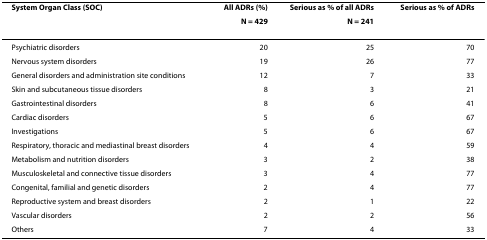
| System Organ Class (SOC) | All ADRs (%) | Serious as % of all ADRs | Serious as % of ADRs |
 |  | N = 429 | N = 241 |  |
 | --- | --- | --- | --- |
 | Psychiatric disorders | 20 | 25 | 70 |
 | Nervous system disorders | 19 | 26 | 77 |
 | General disorders and administration site conditions | 12 | 7 | 33 |
 | Skin and subcutaneous tissue disorders | 8 | 3 | 21 |
 | Gastrointestinal disorders | 8 | 6 | 41 |
 | Cardiac disorders | 5 | 6 | 67 |
 | Investigations | 5 | 6 | 67 |
 | Respiratory, thoracic and mediastinal breast disorders | 4 | 4 | 59 |
 | Metabolism and nutrition disorders | 3 | 2 | 38 |
 | Musculoskeletal and connective tissue disorders | 3 | 4 | 77 |
 | Congenital, familial and genetic disorders | 2 | 4 | 77 |
 | Reproductive system and breast disorders | 2 | 1 | 22 |
 | Vascular disorders | 2 | 2 | 56 |
 | Others | 7 | 4 | 33 |